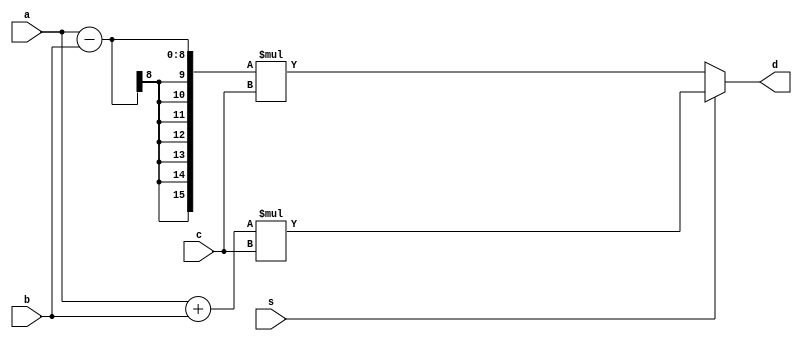
module hw2_nonpipe (input [7:0] a, b, c, input s, output [15:0] d);
    reg [15:0] d;

    always @ (a or b or c or s)
        begin
            if (s)
                d = (a + b)* c;
            else
                d = (a - b)* c;
        end
endmodule